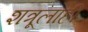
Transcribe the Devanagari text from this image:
शत्रूलाही